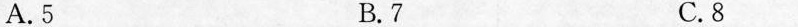
A.5 B.7 C.8